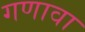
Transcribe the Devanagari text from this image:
गणावा